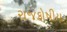
રાજકોષીય